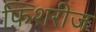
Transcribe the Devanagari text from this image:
फ़िशरीज